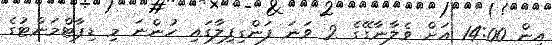
އިން 14:00 އަށް ވެލާނާގޭގެ 2 ވަނަ ފަންގިފިލާގައި ހުންނަ މި ޑިޕާޓްމަންޓުގެ